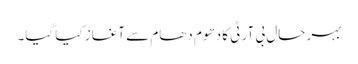
بہر حال بی آر ٹی کا دھوم دھام سے آغاز کیا گیا۔